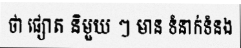
ថា ផ្សោត និមួយ ៗ មាន ទំនាក់ទំនង